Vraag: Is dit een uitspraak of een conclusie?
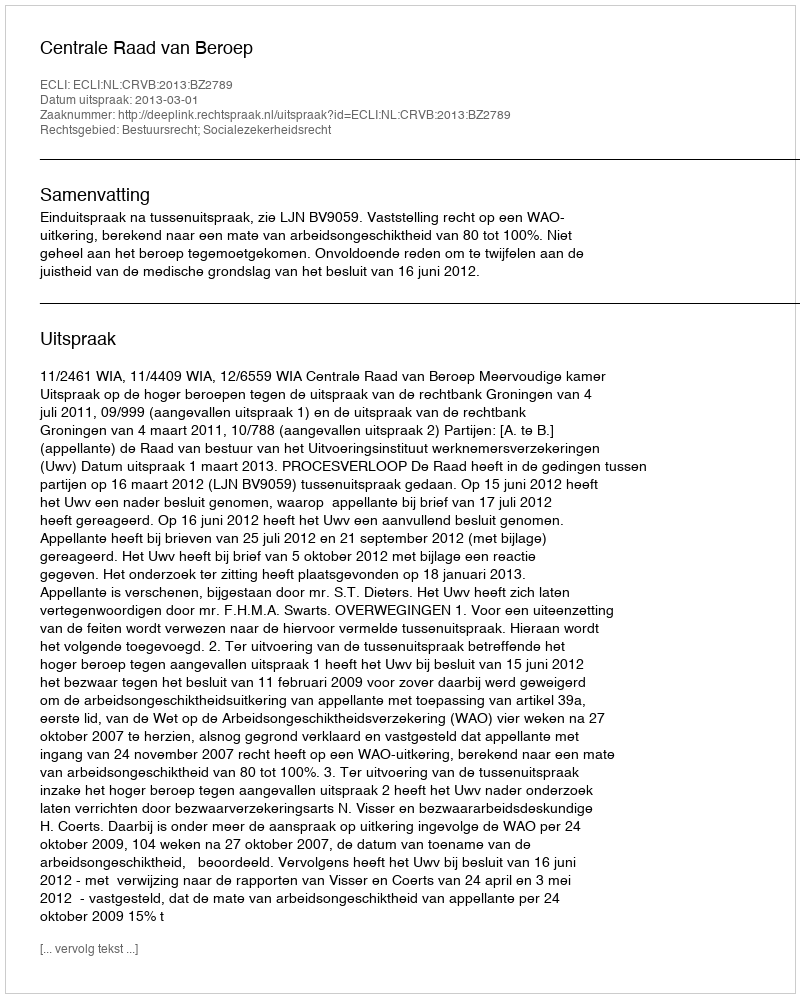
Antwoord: Uitspraak